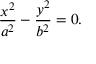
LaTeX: { \frac { x ^ { 2 } } { a ^ { 2 } } } - { \frac { y ^ { 2 } } { b ^ { 2 } } } = 0 .